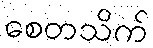
စေတသိက်